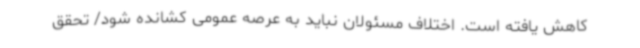
کاهش یافته است. اختلاف مسئولان نباید به عرصه عمومی کشانده شود/ تحقق